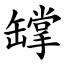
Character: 罉